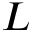
L